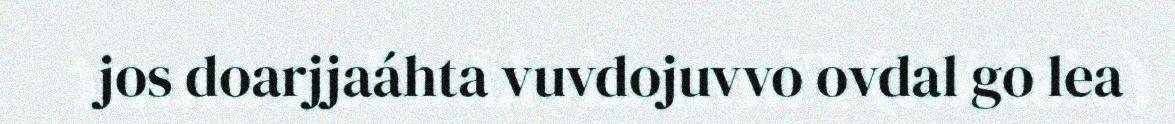
jos doarjjaáhta vuvdojuvvo ovdal go lea